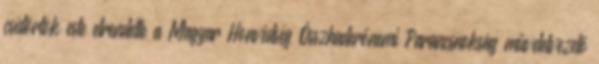
csütörtök este elrendelte a Magyar Honvédség Összhaderőnemi Parancsnokság műveletvezető